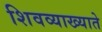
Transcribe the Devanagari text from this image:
शिवव्याख्याते